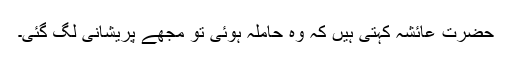
حضرت عائشہ کہتی ہیں کہ وہ حاملہ ہوئی تو مجھے پریشانی لگ گئی۔